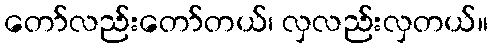
တော်လည်းတော်တယ်၊ လှလည်းလှတယ်။